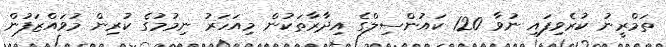
ތަމްރީނު ކުރެވިފައި ނުވާ 120 ކައުންސިލްގެ އިދާރާތަކުން މިއަހަރު ނިމުމުގެ ކުރިން މުވައްޒަފުން